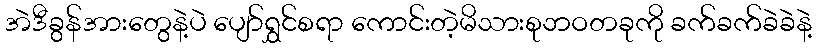
အဲဒီခွန်အားတွေနဲ့ပဲ ပျော်ရွှင်စရာ ကောင်းတဲ့မိသားစုဘဝတခုကို ခက်ခက်ခဲခဲနဲ့